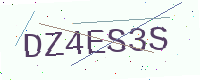
Text: DZ4ES3S